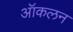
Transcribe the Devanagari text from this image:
ऑकलन